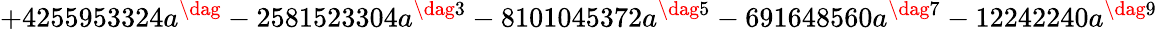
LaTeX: +4255953324a^{\dag}-2581523304a^{\dag 3}-8101045372a^{\dag 5}-691648560a^{\dag 7}-12242240a^{\dag 9}